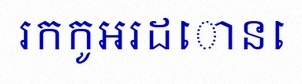
រកកូអរដោនេ